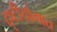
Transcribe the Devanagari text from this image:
दृष्टीयोगात